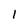
Character: 1